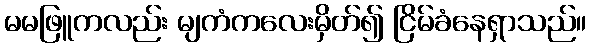
မမဖြူကလည်း မျကံကလေးမှိတ်၍ ငြိမ်ခံနေရှာသည်။